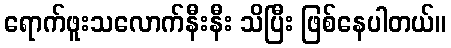
ရောက်ဖူးသလောက်နီးနီး သိပြီး ဖြစ်နေပါတယ်။